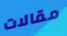
مقالات